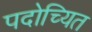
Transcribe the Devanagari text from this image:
पदोच्यित